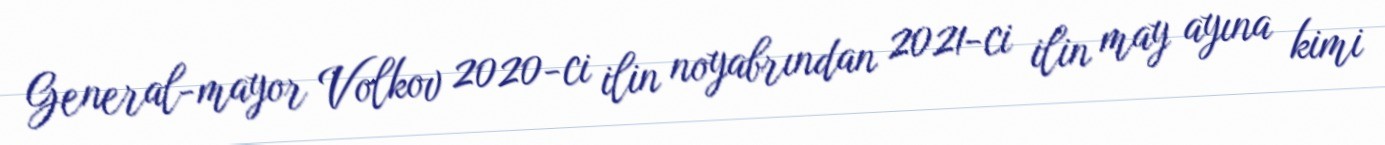
General-mayor Volkov 2020-ci ilin noyabrından 2021-ci ilin may ayına kimi